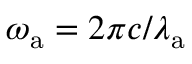
\omega _ { \mathrm { a } } = 2 \pi c / \lambda _ { \mathrm { a } }